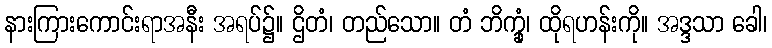
နားကြားကောင်းရာအနီး အရပ်၌။ ဌိတံ၊ တည်သော။ တံ ဘိက္ခုံ၊ ထိုရဟန်းကို။ အဒ္ဒသာ ခေါ၊